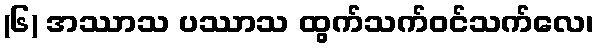
(၆) အဿာသ ပဿာသ ထွက်သက်ဝင်သက်လေ၊